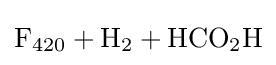
{\ce {F420 + H2 + HCO2H}}